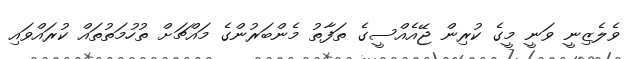
ވެލެޒިނީ ވަނީ މީގެ ކުރިން ޖޭއެއްސީގެ ތަފާތު މެންބަރުންގެ މައްޗަށް ތުހުމަތުތައް ކުރައްވައި